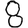
Digit: 8